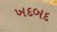
ખદબદ